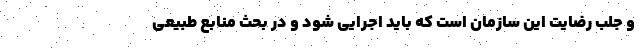
و جلب رضایت این سازمان است که باید اجرایی شود و در بحث منابع طبیعی